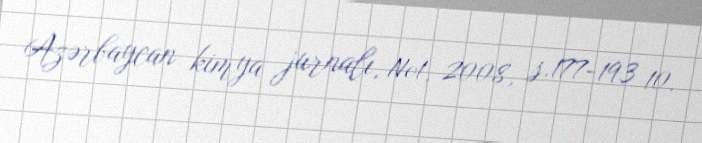
Azərbaycan kimya jurnalı, №1, 2008, s.177-193 10.